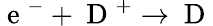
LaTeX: \mathrm{~e~}^{-}+\mathrm{~D~}^{+}\rightarrow\mathrm{~D~}